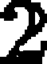
2